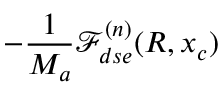
- \frac { 1 } { M _ { a } } \mathcal { F } _ { d s e } ^ { ( n ) } ( R , x _ { c } )